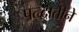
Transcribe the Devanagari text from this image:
पत्द्धातीने